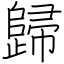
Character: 歸